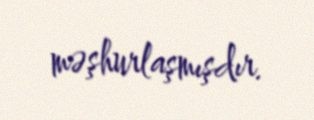
məşhurlaşmışdır.